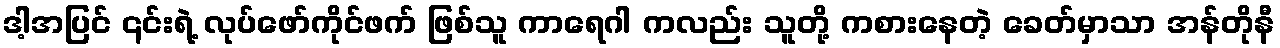
ဒါ့အပြင် ၎င်းရဲ့ လုပ်ဖော်ကိုင်ဖက် ဖြစ်သူ ကာရေဂါ ကလည်း သူတို့ ကစားနေတဲ့ ခေတ်မှာသာ အန်တိုနီ